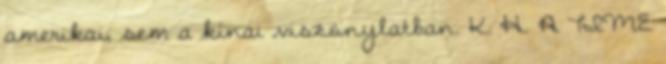
amerikai, sem a kínai viszonylatban. K. H. A TIME